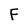
Character: F